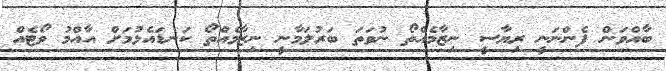
ބާއްވަން ފެންނަނީ ރިޔާސީ ނިޒާމެއްތޯ ނުވަތަ ބަރުލަމާނީ ނިޒާމެއްތޯ ކަނޑައެޅުމަށް އާއްމު ވޯޓެއް